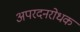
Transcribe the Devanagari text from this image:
अपरदनरोधक